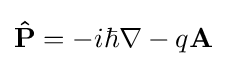
\mathbf {\hat {P}} =-i\hbar \nabla -q\mathbf {A}